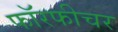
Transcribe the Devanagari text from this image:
फॉरफीचर